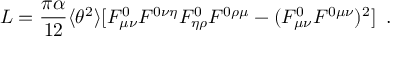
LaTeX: { \cal L } = \frac { \pi \alpha } { 1 2 } \langle \theta ^ { 2 } \rangle [ F _ { \mu \nu } ^ { 0 } F ^ { 0 \nu \eta } F _ { \eta \rho } ^ { 0 } F ^ { 0 \rho \mu } - ( F _ { \mu \nu } ^ { 0 } F ^ { 0 \mu \nu } ) ^ { 2 } ] \, \, \, .